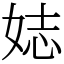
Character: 娡